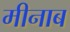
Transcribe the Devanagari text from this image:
मीनाब